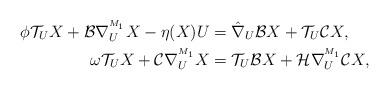
LaTeX: \begin{align*}\phi \mathcal{T}_{U}X+\mathcal{B}\nabla^{^{M_1}}_{U}X-\eta(X)U&=\hat{\nabla}_{U}\mathcal{B}X+\mathcal{T}_{U}\mathcal{C}X, \\\omega \mathcal{T}_{U}X+\mathcal{C}\nabla^{^{M_1}}_{U}X&=\mathcal{T}_{U}\mathcal{B}X+\mathcal{H}\nabla^{^{M_1}}_{U}\mathcal{C}X, \end{align*}